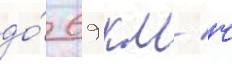
до́ 69 км/ ч